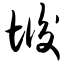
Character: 垢